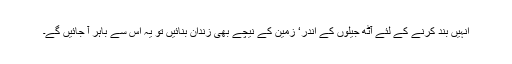
انہیں بند کرنے کے لئے آٹھ جیلوں کے اندر‘ زمین کے نیچے بھی زندان بنائیں تو یہ اس سے باہر آ جائیں گے۔